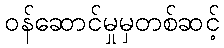
ဝန်ဆောင်မှုမှတစ်ဆင့်